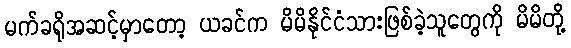
မက်ခရိုအဆင့်မှာတော့ ယခင်က မိမိနိုင်ငံသားဖြစ်ခဲ့သူတွေကို မိမိတို့